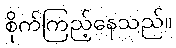
စိုက်ကြည့်နေသည်။